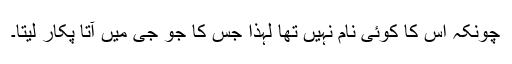
چونکہ اس کا کوئی نام نہیں تھا لہٰذا جس کا جو جی میں آتا پکار لیتا۔